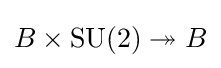
B\times \operatorname {SU} (2)\twoheadrightarrow B